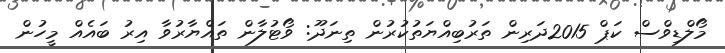
މޯލްޑިވްސް ކަޕް 2015ދަރިން ތަރުބިއްޔަތުކުރުން ތިނަދޫ: ވޯޓުލާން ތައްޔާރުވާ އިރު ބައެއް މީހުން